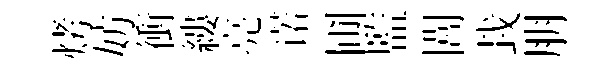
烤妨衝縷亮诺圃監閭㘽朋